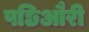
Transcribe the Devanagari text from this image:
पछिऔरी